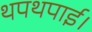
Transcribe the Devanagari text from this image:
थपथपाई।